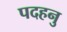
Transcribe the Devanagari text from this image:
पदहनु